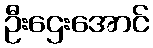
ဦးဌေးအောင်